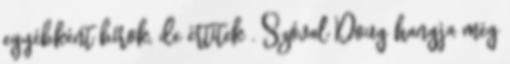
egyébként bírok, de értitek . Szóval Doug hangja még